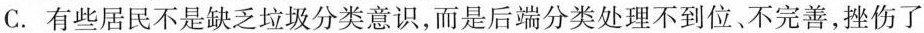
C.有些居民不是缺乏垃圾分类意识，而是后端分类处理不到位、不完善，挫伤了